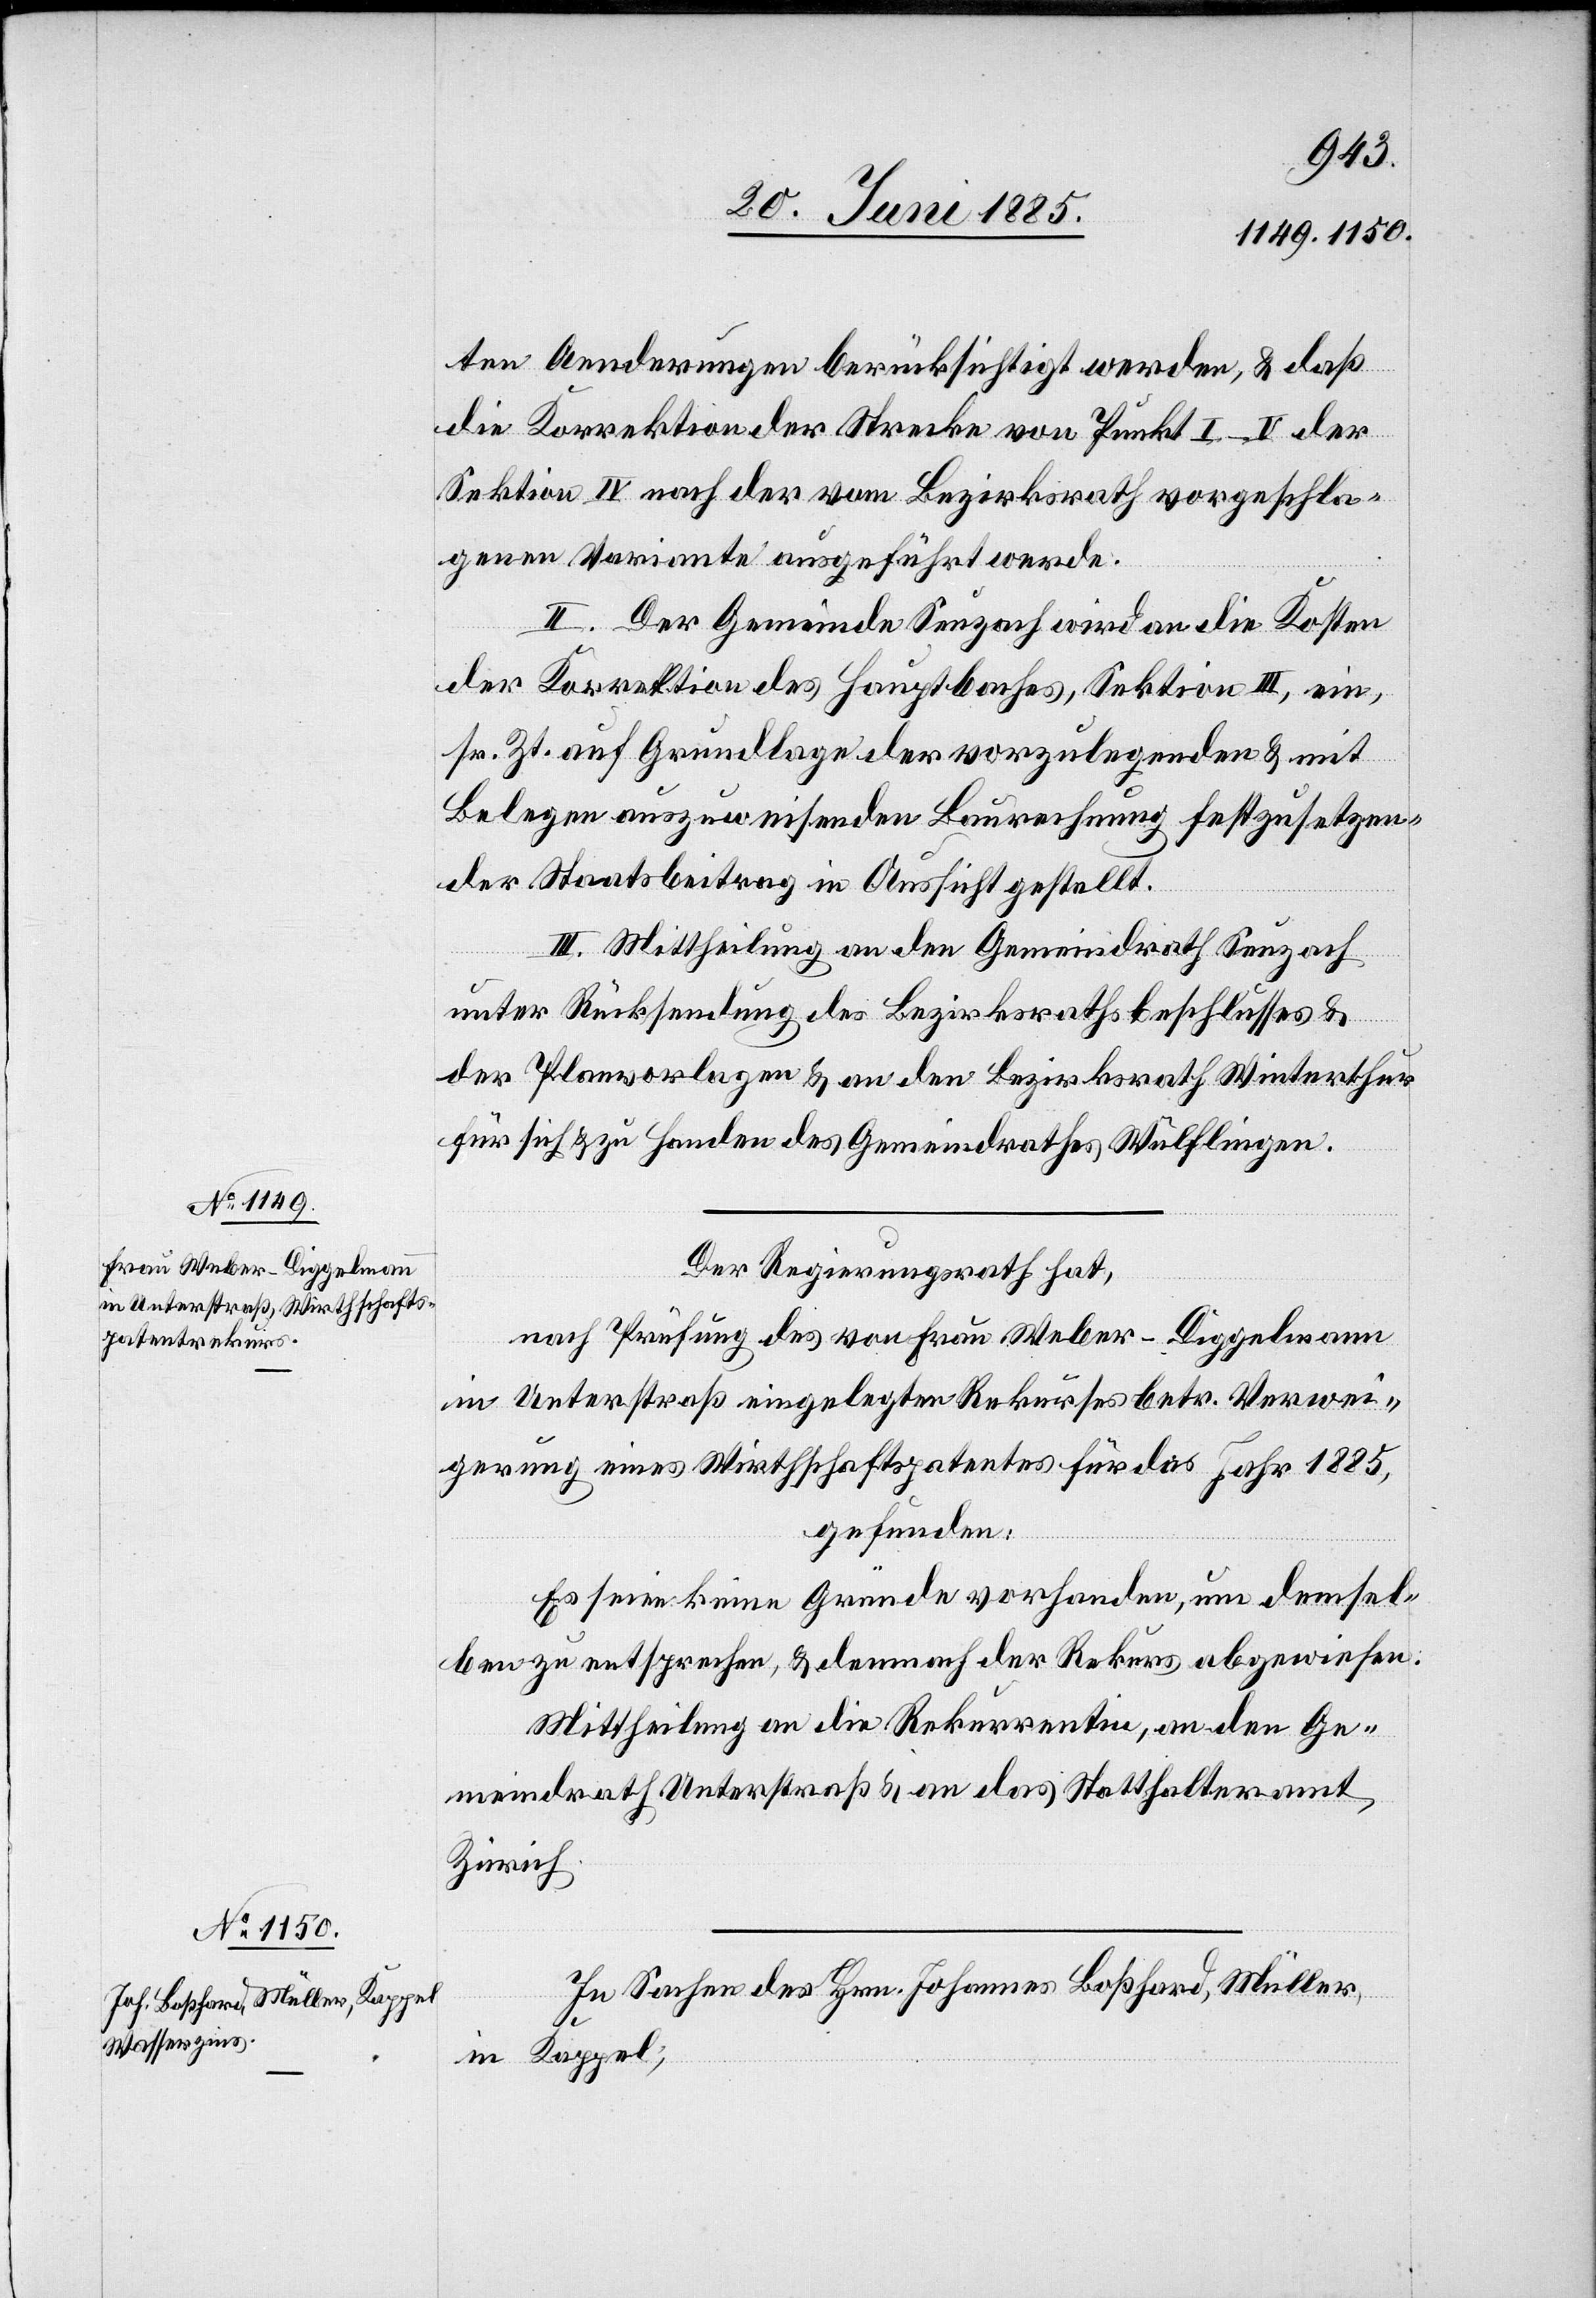
ten Aenderungen berücksichtigt werden, & daß
die Korrektion der Strecke von Punkt I–V der
Sektion IV nach der vom Bezirksrath vorgeschla¬
genen Variante ausgeführt werde.
II. Der Gemeinde Seuzach wird an die Kosten
der Korrektion des Hauptbaches, Sektion III, ein,
sr. Zt. auf Grundlage der vorzulegenden & mit
Belegen auszuweisenden Baurechnung festzusetzen¬
der Staatsbeitrag in Aussicht gestellt.
III. Mittheilung an den Gemeindrath Seuzach
unter Rücksendung des Bezirksrathsbeschlusses &
der Planvorlagen & an den Bezirksrath Winterthur
für sich & zu Handen des Gemeindrathes Wülflingen.
Der Regierungsrath hat,
nach Prüfung des von Frau Weber-Diggelmann
in Unterstraß eingelegten Rekurses betr. Verwei¬
gerung eines Wirthschaftspatentes für das Jahr 1885,
gefunden:
Es seien keine Gründe vorhanden, um demsel¬
ben zu entsprechen, & demnach der Rekurs abgewiesen.
Mittheilung an die Rekurrentin, an den Ge¬
meindrath Unterstraß & an das Statthalteramt
Zürich.
In Sachen des Hrn. Johannes Boßhard, Müller,
in Kappel,